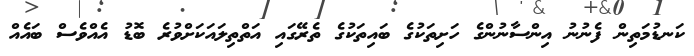
ކަނޑުމަތިން ފެނުނު އިންސާނުންގެ ހަށިތަކުގެ ބައިތަކުގެ ތެރޭގައި އަތްތިލައަކަށްވުރެ ބޮޑު އެއްވެސް ބައެއް